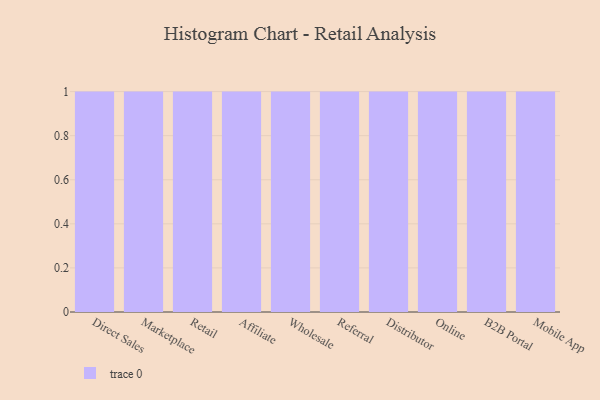
{"axis": {"x": "Channel", "y": "Humidity (%)"}, "legend": [""], "data": [{"x": "Direct Sales", "y": 84, "type": ""}, {"x": "Marketplace", "y": 75, "type": ""}, {"x": "Retail", "y": 67, "type": ""}, {"x": "Affiliate", "y": 11, "type": ""}, {"x": "Wholesale", "y": 69, "type": ""}, {"x": "Referral", "y": 72, "type": ""}, {"x": "Distributor", "y": 4, "type": ""}, {"x": "Online", "y": 90, "type": ""}, {"x": "B2B Portal", "y": 18, "type": ""}, {"x": "Mobile App", "y": 81, "type": ""}]}